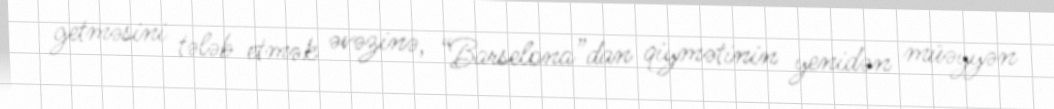
getməsini tələb etmək əvəzinə, “Barselona”dan qiymətinin yenidən müəyyən